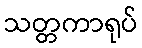
သတ္တကာရုပ်